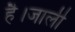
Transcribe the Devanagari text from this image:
है।जाली